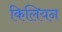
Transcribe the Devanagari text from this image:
किलियन